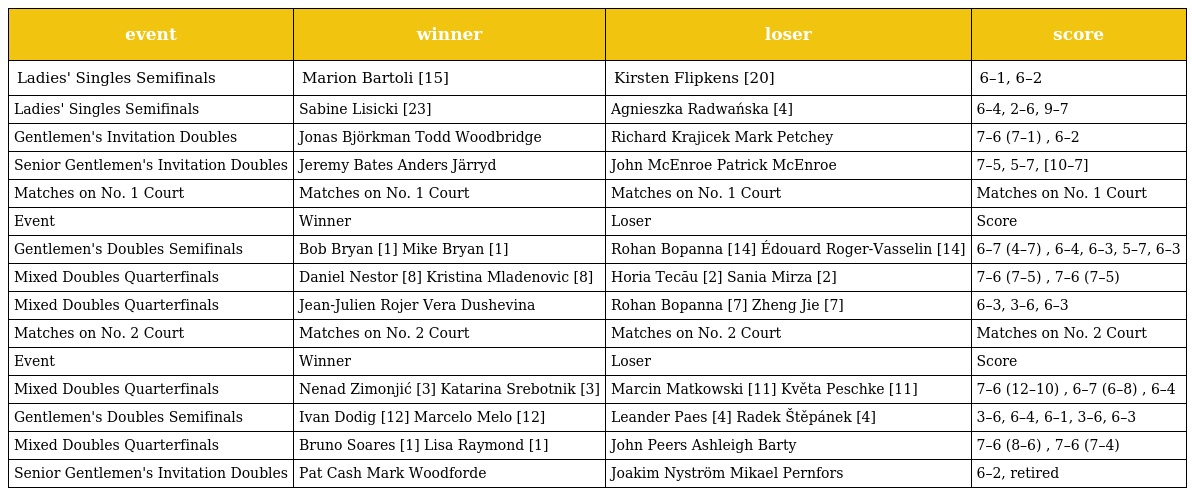
| event | winner | loser | score |
 | --- | --- | --- | --- |
 | Ladies' Singles Semifinals | Marion Bartoli [15] | Kirsten Flipkens [20] | 6–1, 6–2 |
 | Ladies' Singles Semifinals | Sabine Lisicki [23] | Agnieszka Radwańska [4] | 6–4, 2–6, 9–7 |
 | Gentlemen's Invitation Doubles | Jonas Björkman Todd Woodbridge | Richard Krajicek Mark Petchey | 7–6 (7–1) , 6–2 |
 | Senior Gentlemen's Invitation Doubles | Jeremy Bates Anders Järryd | John McEnroe Patrick McEnroe | 7–5, 5–7, [10–7] |
 | Matches on No. 1 Court | Matches on No. 1 Court | Matches on No. 1 Court | Matches on No. 1 Court |
 | Event | Winner | Loser | Score |
 | Gentlemen's Doubles Semifinals | Bob Bryan [1] Mike Bryan [1] | Rohan Bopanna [14] Édouard Roger-Vasselin [14] | 6–7 (4–7) , 6–4, 6–3, 5–7, 6–3 |
 | Mixed Doubles Quarterfinals | Daniel Nestor [8] Kristina Mladenovic [8] | Horia Tecău [2] Sania Mirza [2] | 7–6 (7–5) , 7–6 (7–5) |
 | Mixed Doubles Quarterfinals | Jean-Julien Rojer Vera Dushevina | Rohan Bopanna [7] Zheng Jie [7] | 6–3, 3–6, 6–3 |
 | Matches on No. 2 Court | Matches on No. 2 Court | Matches on No. 2 Court | Matches on No. 2 Court |
 | Event | Winner | Loser | Score |
 | Mixed Doubles Quarterfinals | Nenad Zimonjić [3] Katarina Srebotnik [3] | Marcin Matkowski [11] Květa Peschke [11] | 7–6 (12–10) , 6–7 (6–8) , 6–4 |
 | Gentlemen's Doubles Semifinals | Ivan Dodig [12] Marcelo Melo [12] | Leander Paes [4] Radek Štěpánek [4] | 3–6, 6–4, 6–1, 3–6, 6–3 |
 | Mixed Doubles Quarterfinals | Bruno Soares [1] Lisa Raymond [1] | John Peers Ashleigh Barty | 7–6 (8–6) , 7–6 (7–4) |
 | Senior Gentlemen's Invitation Doubles | Pat Cash Mark Woodforde | Joakim Nyström Mikael Pernfors | 6–2, retired |